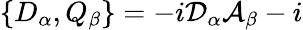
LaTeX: \{ D_{\alpha},Q_{\beta}\} =-i\mathcal{D}_{\alpha}\mathcal{A}_{\beta}-i